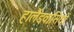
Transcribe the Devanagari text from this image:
हालैंडवासियों